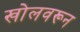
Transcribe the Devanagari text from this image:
खोलवरून